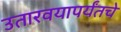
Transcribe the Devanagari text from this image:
उतारवयापर्यंतचे